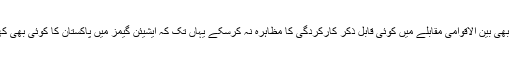
سنہ 2014 میں پاکستانی کھلاڑی کسی بھی بین الاقوامی مقابلے میں کوئی قابل ذکر کارکردگی کا مظاہرہ نہ کرسکے یہاں تک کہ ایشیئن گیمز میں پاکستان کا کوئی بھی کھلاڑی سیمی فائنل میں بھی نہ پہنچ سکا۔